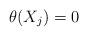
LaTeX: \begin{align*}\theta (X_{j})=0 \end{align*}